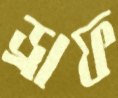
ড্রাফ